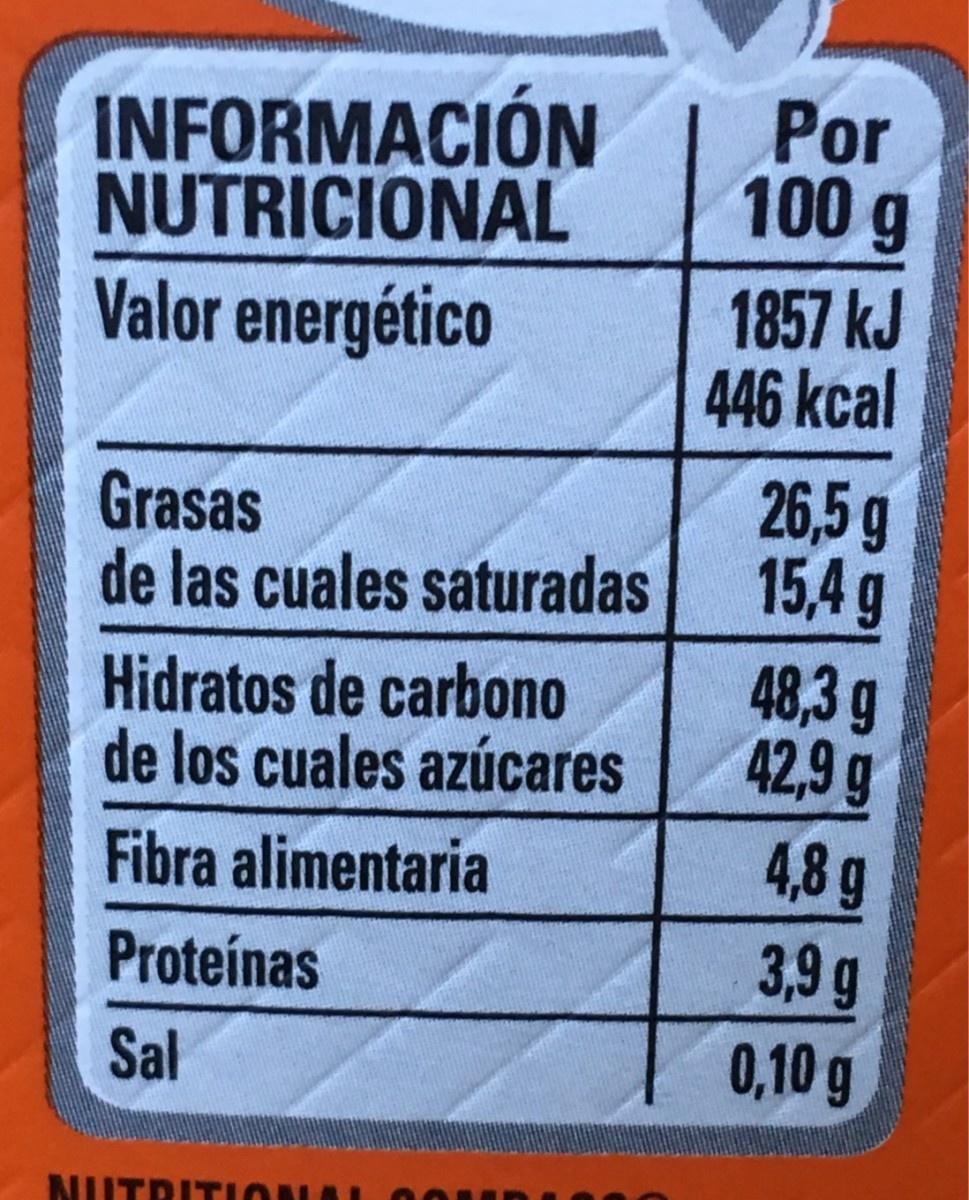
INFORMACIÓN NUTRICIONAL
Valor energético
Grasas
de las cuales saturadas
Hidratos de carbono
de los cuales azúcares
Fibra alimentaria
Proteínas
Sal
NUTRITION
Por 100 g
1857 kJ
446 kcal
26,5 g
15,4 g
48,3 g
42,9 g
4,8 g
3,9 g
0,10 g